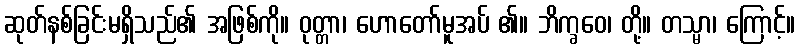
ဆုတ်နစ်ခြင်းမရှိသည်၏ အဖြစ်ကို။ ဝုတ္တာ၊ ဟောတော်မူအပ် ၏။ ဘိက္ခဝေ၊ တို့။ တသ္မာ၊ ကြောင့်။